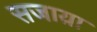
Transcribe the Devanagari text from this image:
सजाय़ा